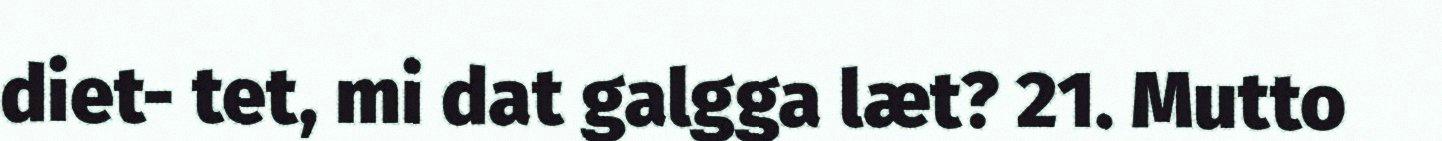
diet- tet, mi dat galgga læt? 21. Mutto